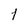
Character: 1